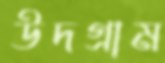
উদগ্রাম